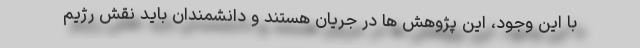
با این وجود، این پژوهش ها در جریان هستند و دانشمندان باید نقش رژیم